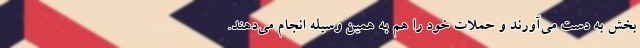
بخش به دست می‌آورند و حملات خود را هم به همین وسیله انجام می‌دهند.